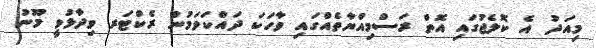
މިއަދު އެ ކޮލެޖުގައި އޮތް ރަސްމިއްޔާތެއްގައި ވާހަކަ ދައްކަވަމުން ރެކްޓަރ ވިދާޅުވީ މޫނު